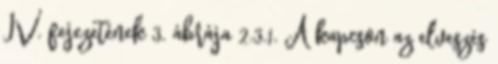
IV. fejezetének 3. ábrája 2.3.1. A kapcson az elveszés